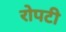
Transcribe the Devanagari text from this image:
रोपटी